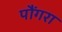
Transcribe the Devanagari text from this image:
पौंगरा